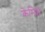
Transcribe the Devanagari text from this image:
केमिशे